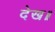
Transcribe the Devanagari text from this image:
देख॥